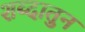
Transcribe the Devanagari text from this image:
शब्दातुन